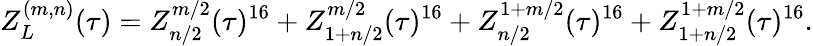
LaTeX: Z_{L}^{(m,n)}(\tau)=Z_{n/2}^{m/2}(\tau)^{16}+Z_{1+n/2}^{m/2}(\tau)^{16}+Z_{n/2}^{1+m/2}(\tau)^{16}+Z_{1+n/2}^{1+m/2}(\tau)^{16}.